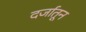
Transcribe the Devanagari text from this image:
दर्जातून